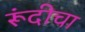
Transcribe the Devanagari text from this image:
रूंदीचा